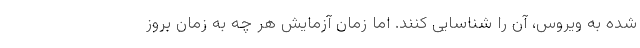
شده به ویروس، آن را شناسایی کنند. اما زمان آزمایش هر چه به زمان بروز